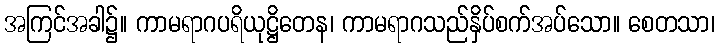
အကြင်အခါ၌။ ကာမရာဂပရိယုဋ္ဌိတေန၊ ကာမရာဂသည်နှိပ်စက်အပ်သော။ စေတသာ၊